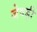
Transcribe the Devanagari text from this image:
जेवड़ी